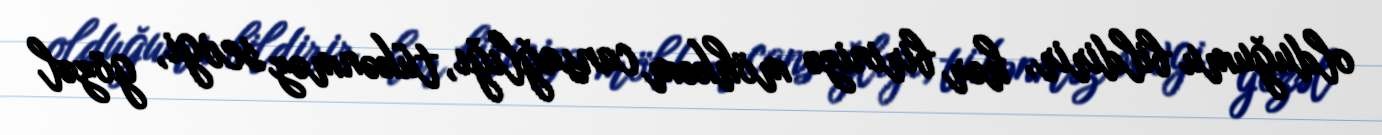
olduğumu bildirir, hər birinizə möhkəm cansağlığı, tükənməz sevgi, gözəl